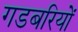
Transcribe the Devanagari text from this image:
गडबरियों